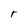
Character: r